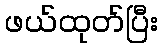
ဖယ်ထုတ်ပြီး